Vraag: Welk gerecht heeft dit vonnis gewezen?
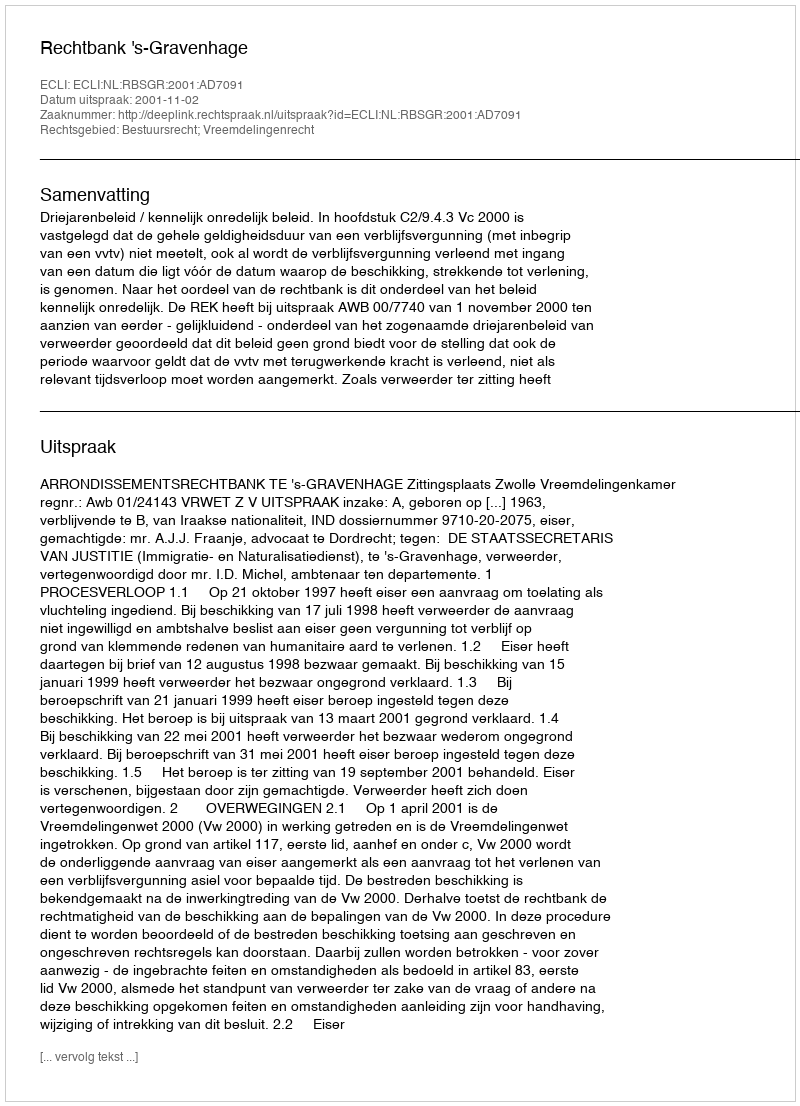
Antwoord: Rechtbank 's-Gravenhage